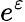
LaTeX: e^{\varepsilon}